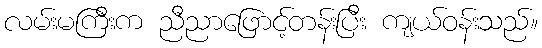
လမ်းမကြီးက ညီညာဖြောင့်တန်းပြီး ကျယ်ဝန်းသည်။